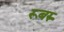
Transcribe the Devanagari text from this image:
रूबरु